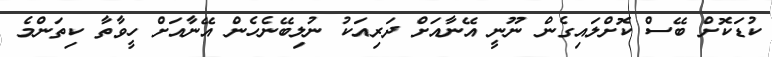
ކުޑަކޮށް ބޭސް ކޮށްލައިގެން ނޫނީ އޭނާއަށް ދަރިއަކު ނުލިބޭނެހެން އޭނާއަށް ހީވާތާ ކިތަންމެ